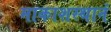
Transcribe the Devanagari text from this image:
माकाशस्थानं